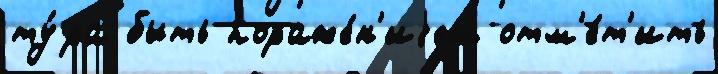
ту́ра быть пораже́н'иjем отм'е́т'ить